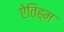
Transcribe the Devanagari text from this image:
ऐतिह्म